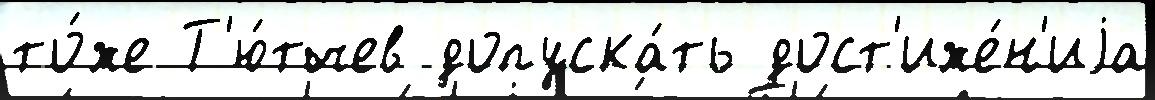
то́же Т'ю́тчев допуска́ть дост'иже́н'иjа